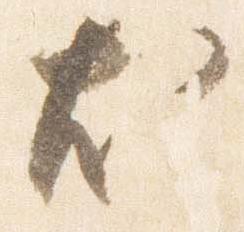
尤